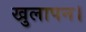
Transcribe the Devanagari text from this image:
खुलापन।